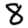
Digit: 8